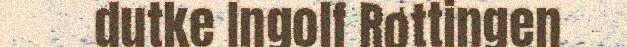
dutke Ingolf Røttingen